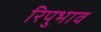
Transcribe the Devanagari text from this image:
रिपुभाव